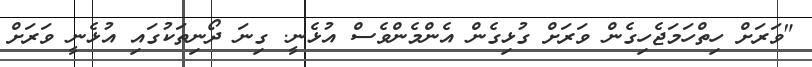
"ވަރަށް ހިތްހަމަޖެހިގެން ވަރަށް ގުޅިގެން އެންމެންވެސް އުޅެނީ. ގިނަ ދޯނިތަކުގައި އުޅެނީ ވަރަށް